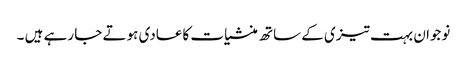
نوجوان بہت تیزی کے ساتھ منشیات کاعادی ہوتے جا رہے ہیں ۔